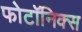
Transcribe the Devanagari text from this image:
फोटॉनिक्स